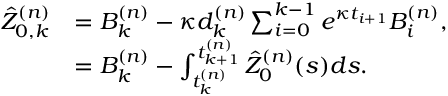
\begin{array} { r l } { \hat { Z } _ { 0 , k } ^ { ( n ) } } & { = B _ { k } ^ { ( n ) } - \kappa d _ { k } ^ { ( n ) } \sum _ { i = 0 } ^ { k - 1 } e ^ { \kappa t _ { i + 1 } } B _ { i } ^ { ( n ) } , } \\ & { = B _ { k } ^ { ( n ) } - \int _ { t _ { k } ^ { ( n ) } } ^ { t _ { k + 1 } ^ { ( n ) } } \hat { Z } _ { 0 } ^ { ( n ) } ( s ) d s . } \end{array}